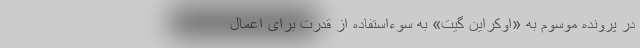
در پرونده موسوم به «اوکراین گیت» به سوءاستفاده از قدرت برای اعمال